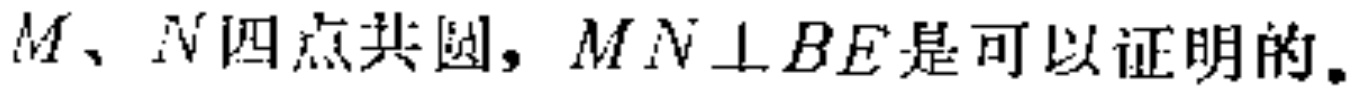
$M、N四点共圆，MN\perp BE是可以证明的。$